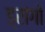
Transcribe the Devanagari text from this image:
ड्रांगो